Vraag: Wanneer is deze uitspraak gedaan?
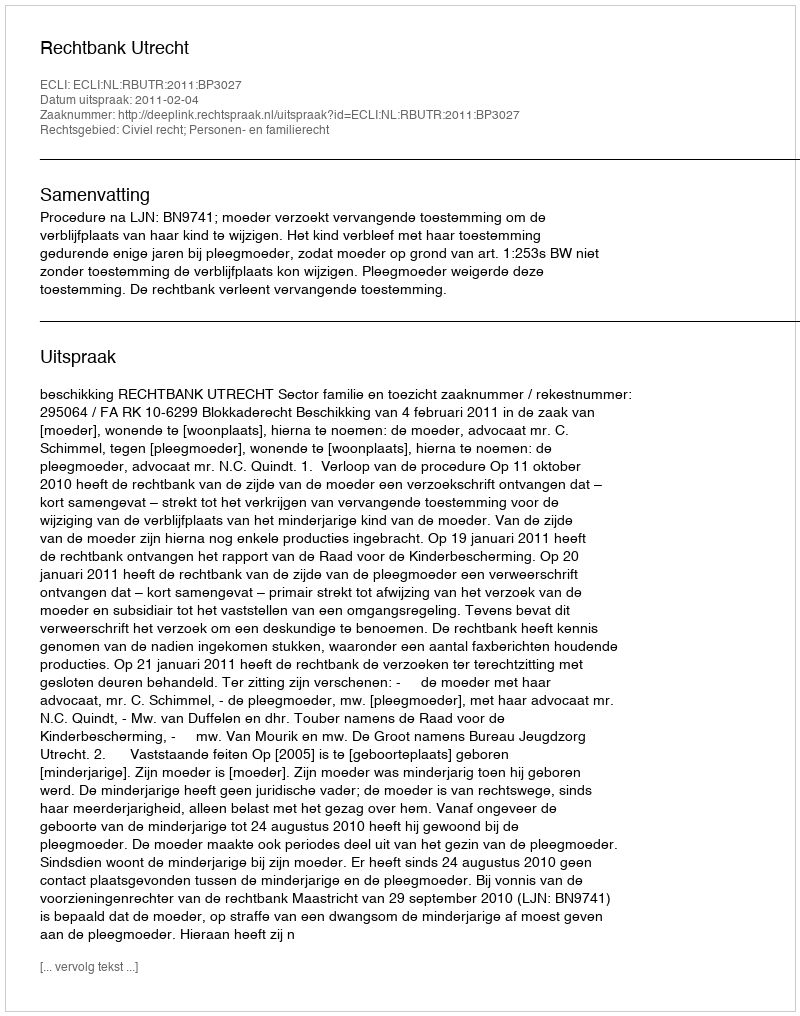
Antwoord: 2011-02-04